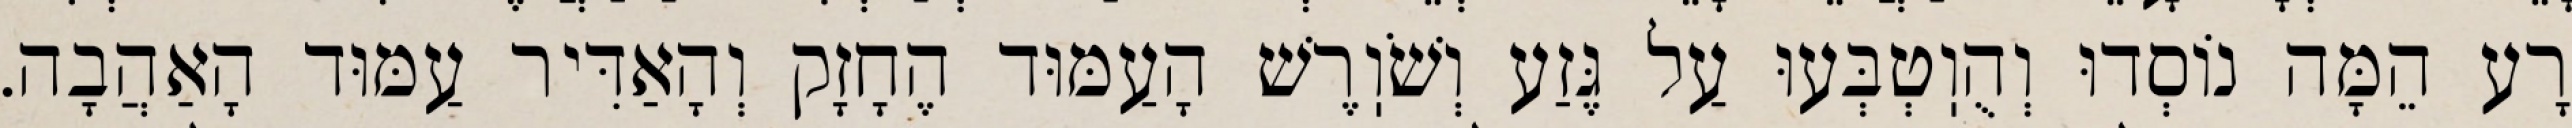
רָע הֵמָּה נוֹסְדוּ וְהֻוֽטְבְּעוּ עַל גֶּזַע וְשֹׁוֽרֶשׁ הָעַמּוּד הֶחָזָק וְהָאַדִּיר עַמּוּד הָאַהֲבָה.